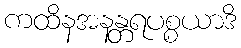
ကထိနအနန္တရပစ္စယာဒိ